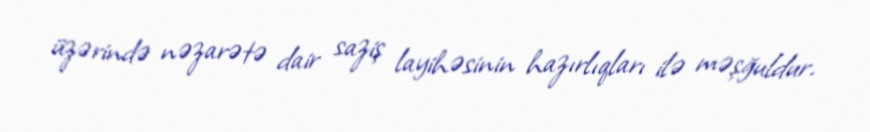
üzərində nəzarətə dair saziş layihəsinin hazırlıqları ilə məşğuldur.